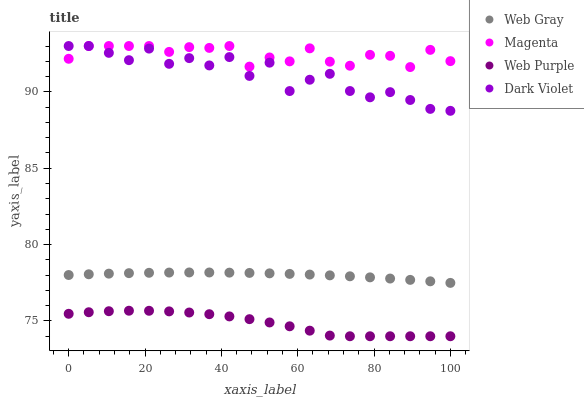
| xaxis_label | Web Gray | Magenta | Web Purple | Dark Violet |
 | --- | --- | --- | --- | --- |
 | 0 | 78 | 92.2 | 75.5 | 93 |
 | 5.26 | 78.1 | 93 | 75.6 | 93 |
 | 10.5 | 78.1 | 93 | 75.6 | 92.6 |
 | 15.8 | 78.1 | 93 | 75.7 | 92.1 |
 | 21.1 | 78.2 | 93 | 75.7 | 92.8 |
 | 26.3 | 78.2 | 92.6 | 75.6 | 91.8 |
 | 31.6 | 78.2 | 92.9 | 75.6 | 92.2 |
 | 36.8 | 78.2 | 92.9 | 75.4 | 91.7 |
 | 42.1 | 78.2 | 93 | 75.3 | 92.3 |
 | 47.4 | 78.1 | 91.7 | 75.1 | 91 |
 | 52.6 | 78.1 | 92.2 | 74.9 | 91.9 |
 | 57.9 | 78.1 | 92 | 74.7 | 90.1 |
 | 63.2 | 78 | 92.8 | 74.4 | 90.8 |
 | 68.4 | 78 | 92 | 74 | 91.2 |
 | 73.7 | 77.9 | 91.7 | 74 | 90.1 |
 | 78.9 | 77.9 | 92.4 | 74 | 89.6 |
 | 84.2 | 77.8 | 92.4 | 74 | 90 |
 | 89.5 | 77.7 | 91.6 | 74 | 89.5 |
 | 94.7 | 77.6 | 92.7 | 74 | 88.9 |
 | 100 | 77.5 | 92 | 74 | 88.8 |